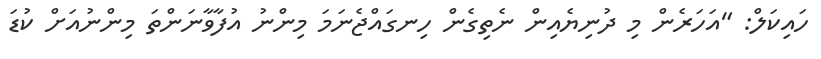
ހައިކަލް: "އަހަރެން މި ދުނިޔެއިން ނެތިގެން ހިނގައްޖެނަމަ މިންނު އުފާވާނަންތަ މިންނުއަށް ކުޑަ